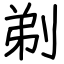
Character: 剃